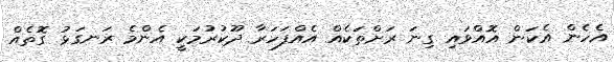
އެހެން އެކަން އޮއްވައި ގިނަ ރަށްތަކެއް އެއްފަހަރާ ދޫކުރުމަކީ އެންމެ ރަނގަޅު ގޮތެއް